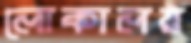
লোকালয়